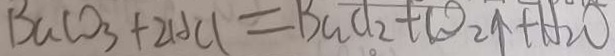
B a C O _ { 3 } + 2 H C l = B a C l _ { 2 } + C O _ { 2 } \uparrow + H _ { 2 } O